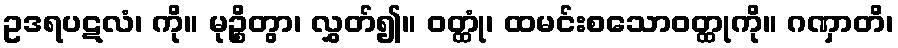
ဥဒရပဋလံ၊ ကို။ မုဉ္စိတွာ၊ လွှတ်၍။ ဝတ္ထုံ၊ ထမင်းစသောဝတ္ထုကို။ ဂဏှာတိ၊